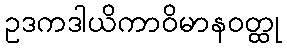
ဥဒကဒါယိကာဝိမာနဝတ္ထု